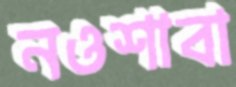
নওশাবা